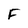
Character: F